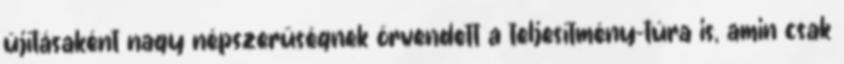
újításaként nagy népszerűségnek örvendett a teljesítmény-túra is, amin csak